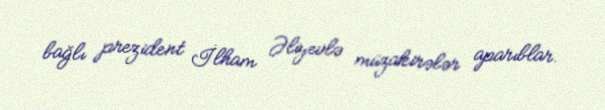
bağlı prezident İlham Əliyevlə müzakirələr aparıblar.